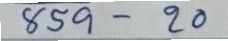
859 - 20